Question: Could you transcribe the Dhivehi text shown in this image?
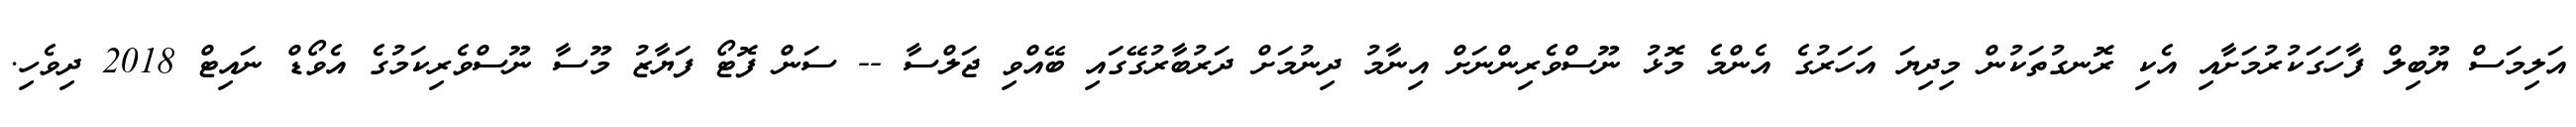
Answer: އަލިމަސް ޔޫބިލް ފާހަގަކުރުމަށާއި އެކި ރޮނގުތަކުން މިދިޔަ އަހަރުގެ އެންމެ މޮޅު ނޫސްވެރިންނަށް އިނާމު ދިނުމަށް ދަރުބާރުގޭގައި ބޭއްވި ޖަލްސާ -- ސަން ފޮޓޯ ފަޔާޒު މޫސާ ނޫސްވެރިކަމުގެ އެވޯޑް ނައިޓް 2018 ދިވެހި.